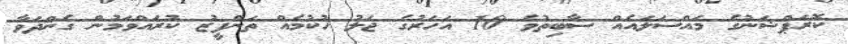
ކޮރަޕްޝަނުގެ މައްސަލައެއް ސާބިތުވެ 10 އަހަރުގެ ޖަލު ހުކުމެއް ތަންފީޒު ކުރައްވަމުން ގެންދަވާ